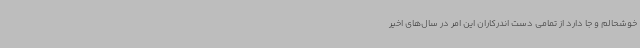
خوشحالم و جا دارد از تمامی دست اندرکاران این امر در سال‌های اخیر